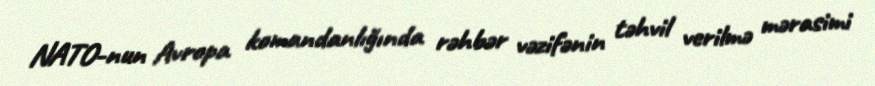
NATO-nun Avropa komandanlığında rəhbər vəzifənin təhvil verilmə mərasimi